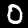
Label: 0